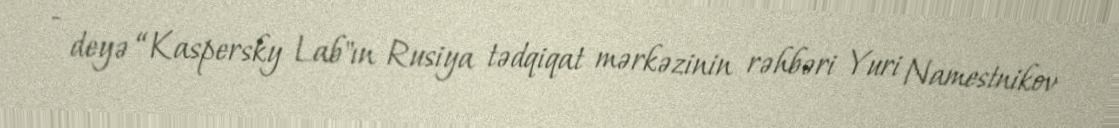
- deyə “Kaspersky Lab"ın Rusiya tədqiqat mərkəzinin rəhbəri Yuri Namestnikov